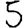
Digit: 5